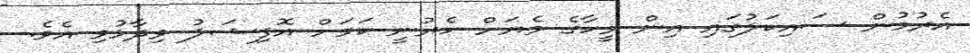
އެރުމުން ސައިކަލުގައި އިން މީހާގެ މެޔަށް ހެރުނީ ކަމަށް އޮފިޝަލު ވިދާޅުވި އެވެ.